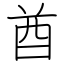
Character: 酋